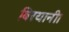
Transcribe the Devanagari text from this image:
बिरयानी।